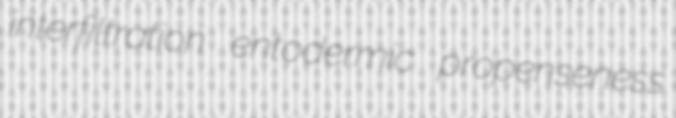
interfiltration entodermic propenseness